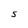
Character: S